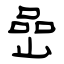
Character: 嵒